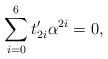
LaTeX: \begin{align*}\sum_{i=0}^6t'_{2i}\alpha^{2i}=0,\end{align*}